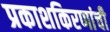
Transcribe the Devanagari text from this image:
प्रकाशकिरणांची